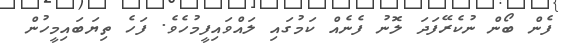
ފެން ބޯން ނުކެރޭފަދަ ލޮނު ފެނެއް ކަމުގައި ލައްވައިފީމުހެވެ. ފަހެ ތިޔަބައިމީހުން